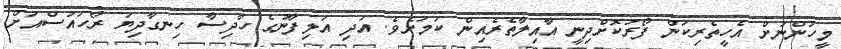
މީހުންނަށް އެހީތެރިކަން ފޯރުކޮށްދިނީ އާއިލާތެރެއިން ކަމަށެވެ. އަދި އަލިފާނުގެ ހާދިސާ ހިނގާދިޔަ ރޯހައުސްއަށް